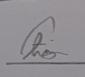
Signature authenticity: genuine